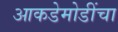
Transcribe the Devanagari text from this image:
आकडेमोडींचा